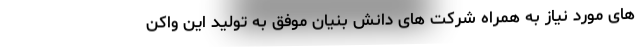
های مورد نیاز به همراه شرکت های دانش بنیان موفق به تولید این واکن